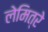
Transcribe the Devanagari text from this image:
लेमित्रे